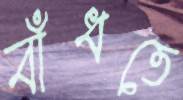
বাঁধতে